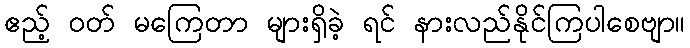
ဧည့် ဝတ် မကြေတာ များရှိခဲ့ ရင် နားလည်နိုင်ကြပါစေဗျာ။